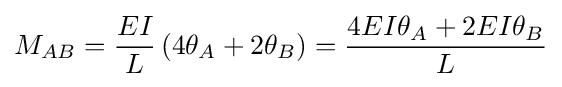
M_{AB}={\frac {EI}{L}}\left(4\theta _{A}+2\theta _{B}\right)={\frac {4EI\theta _{A}+2EI\theta _{B}}{L}}